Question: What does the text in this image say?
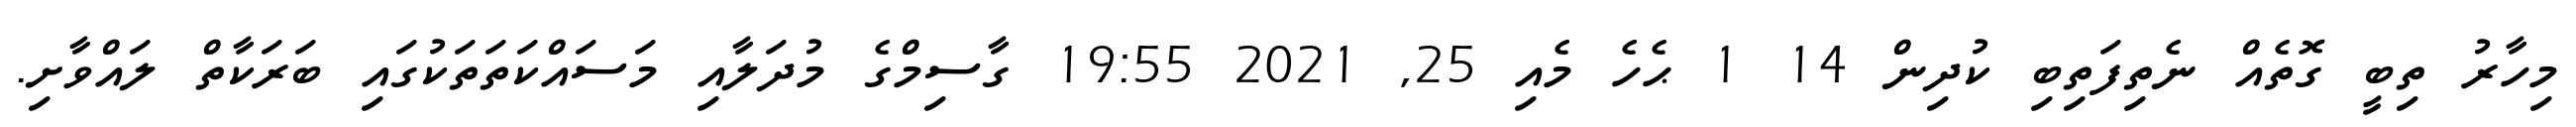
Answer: މިހާރު ތިބީ ގޮތެއް ނެތިފަތިބި ކުދިން 14 1 ޙެހެ މެއި 25, 2021 19:55 ގާސިމްގެ މުދަލާއި މަސައްކަތަތަކުގައި ބަރަކާތް ލައްވާށި.